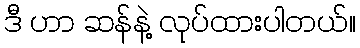
ဒီ ဟာ ဆန်နဲ့ လုပ်ထားပါတယ်။